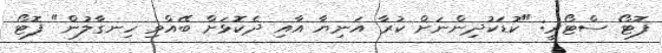
ފޮޓޯ ސްޓޯރީ: "ކުޑަކުދިންނަށް ކުރާ އަނިޔާ އާއި ދެކޮޅަށް ބޭއްވި ހިނގާލުން" ފޮޓޯ